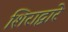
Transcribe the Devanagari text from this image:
शिराद्वारे